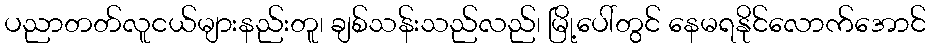
ပညာတတ်လူငယ်များနည်းတူ၊ ချစ်သန်းသည်လည်၊ မြို့ပေါ်တွင် နေမရနိုင်လောက်အောင်